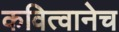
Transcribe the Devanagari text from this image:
कवित्वानेच